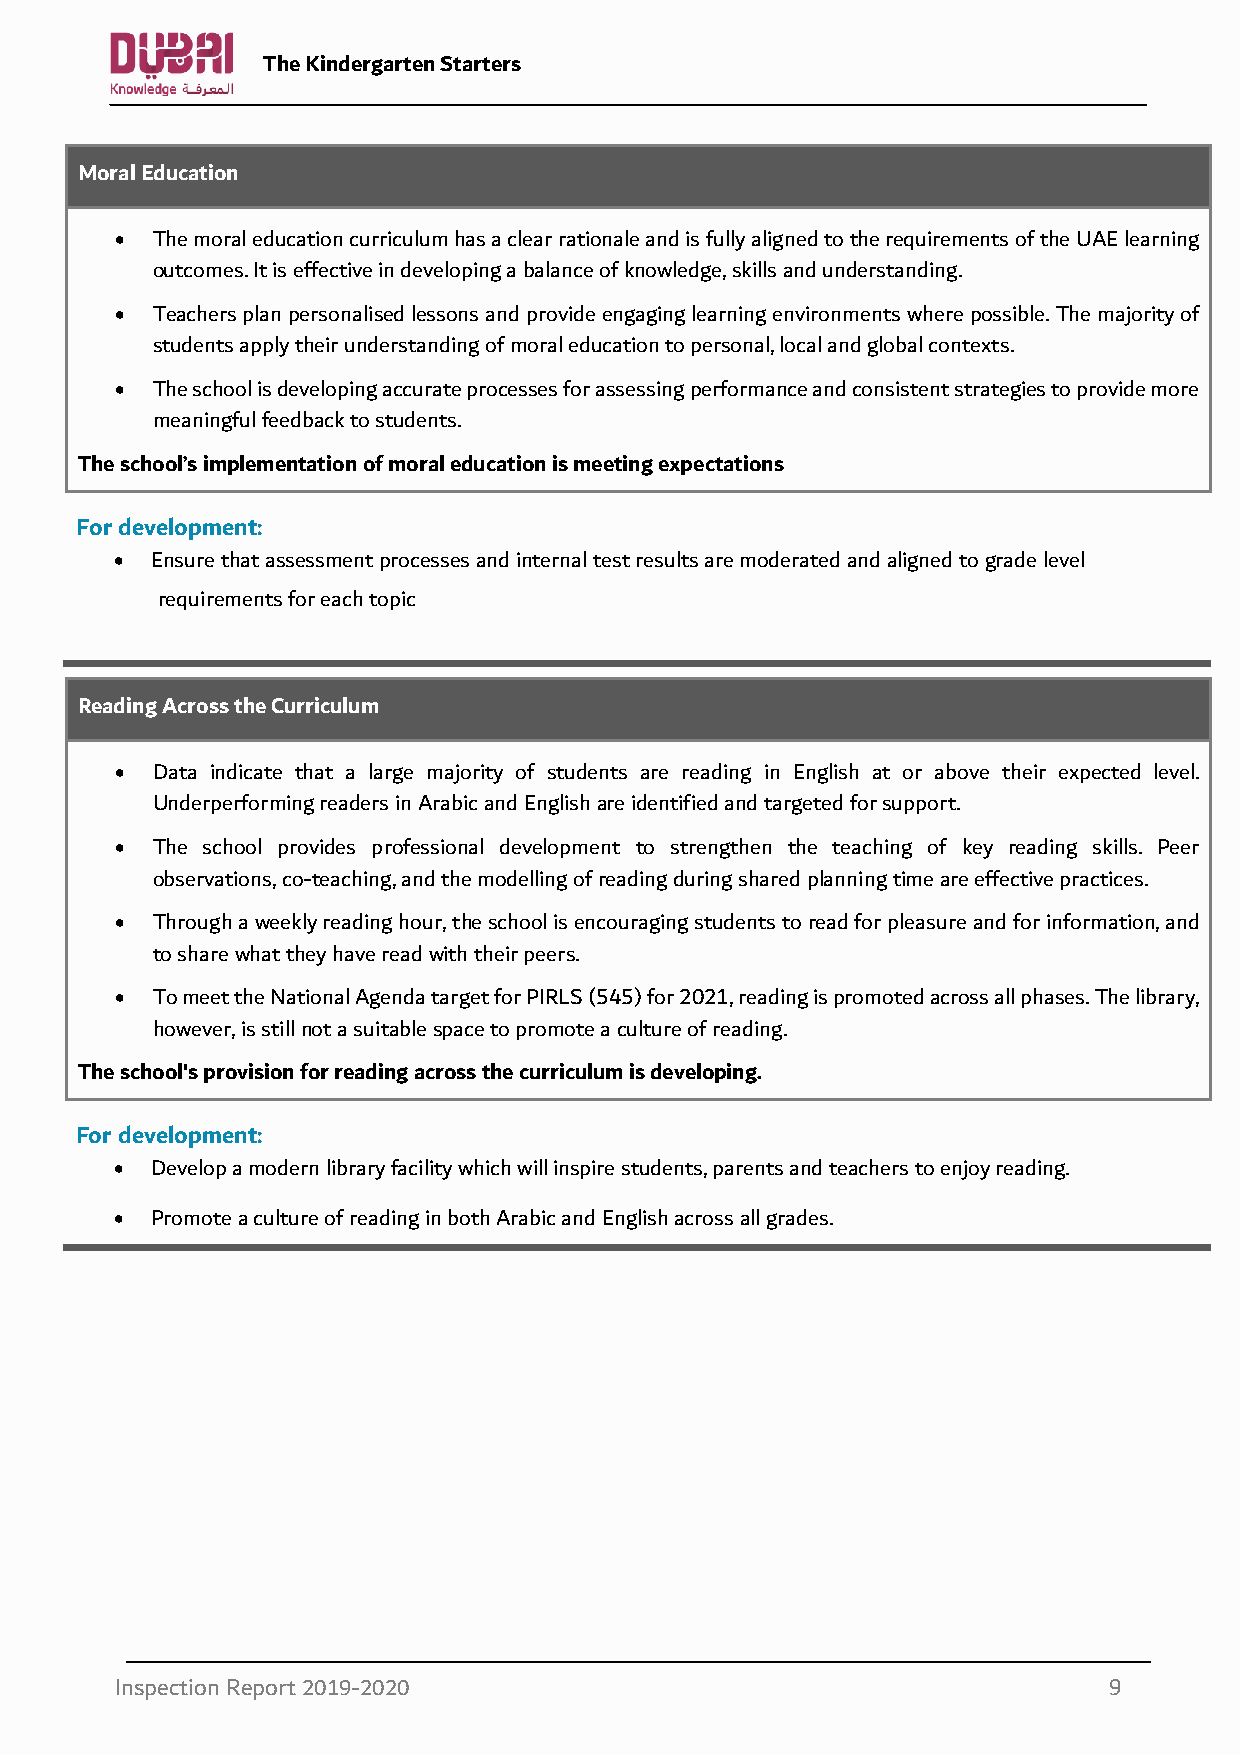
The Kindergarten Starters
 Moral Education
 • The moral education curriculum has a clear rationale and is fully aligned to the requirements of the UAE learning
 outcomes. It is effective in developing a balance of knowledge, skills and understanding.
 • Teachers plan personalised lessons and provide engaging learning environments where possible. The majority of
 students apply their understanding of moral education to personal, local and global contexts.
 • The school is developing accurate processes for assessing performance and consistent strategies to provide more
 meaningful feedback to students.
 The school’s implementation of moral education is meeting expectations
 For development:
 • Ensure that assessment processes and internal test results are moderated and aligned to grade level
 requirements for each topic
 Reading Across the Curriculum
 • Data indicate that a large majority of students are reading in English at or above their expected level.
 Underperforming readers in Arabic and English are identified and targeted for support.
 • The school provides professional development to strengthen the teaching of key reading skills. Peer
 observations, co-teaching, and the modelling of reading during shared planning time are effective practices.
 • Through a weekly reading hour, the school is encouraging students to read for pleasure and for information, and
 to share what they have read with their peers.
 • To meet the National Agenda target for PIRLS (545) for 2021, reading is promoted across all phases. The library,
 however, is still not a suitable space to promote a culture of reading.
 The school's provision for reading across the curriculum is developing.
 For development:
 • Develop a modern library facility which will inspire students, parents and teachers to enjoy reading.
 • Promote a culture of reading in both Arabic and English across all grades.
 Inspection Report 2019-2020                                      9